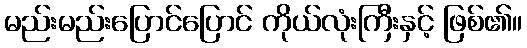
မည်းမည်းပြောင်ပြောင် ကိုယ်လုံးကြီးနှင့် ဖြစ်၏။